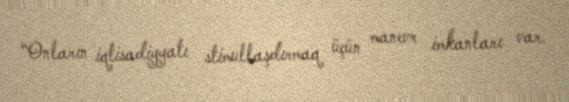
“Onların iqtisadiyyatı stimullaşdırmaq üçün manevr imkanları var.